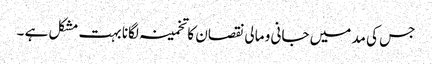
جس کی مد میں جانی و مالی نقصان کا تخمینہ لگانا بہت مشکل ہے ۔